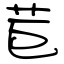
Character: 苣